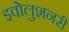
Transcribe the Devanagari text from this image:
इवोलुशनरी